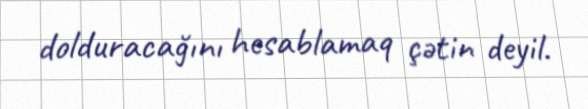
dolduracağını hesablamaq çətin deyil.